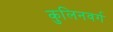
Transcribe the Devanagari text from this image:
कुलिनवर्ग